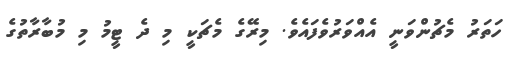
ހަތަރު މެޗުންވަނީ އެއްވަރުވެފައެވެ. މިރޭގެ މެޗަކީ މި ދެ ޓީމު މި މުބާރާތުގެ